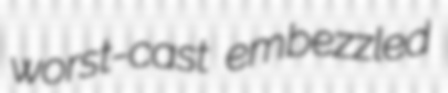
worst-cast embezzled